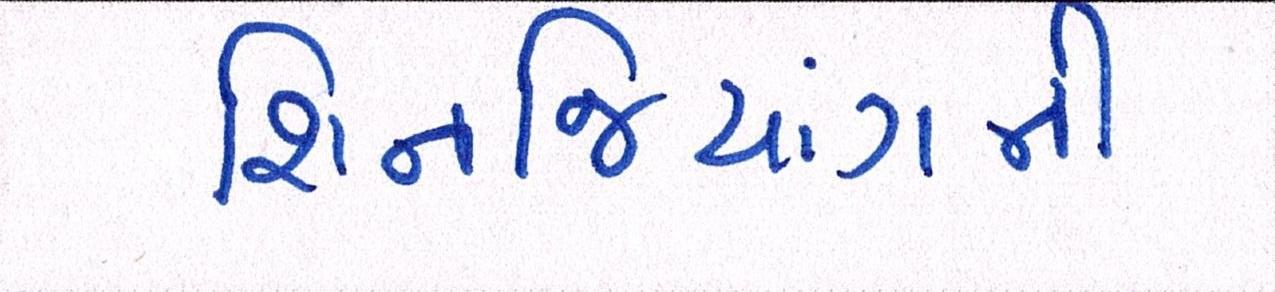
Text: શિનજિયાંગની